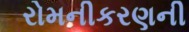
રોમનીકરણની